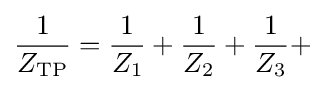
{\frac {1}{Z_{\text{TP}}}}={\frac {1}{Z_{1}}}+{\frac {1}{Z_{2}}}+{\frac {1}{Z_{3}}}+